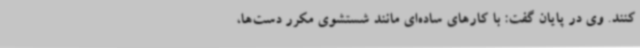
کنند. وی در پایان گفت: با کارهای ساده‌ای مانند شستشوی مکرر دست‌ها،